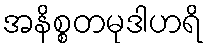
အနိစ္စတမုဒါဟရိ